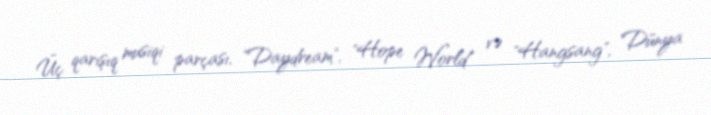
Üç qarışıq musiqi parçası, "Daydream", "Hope World" və "Hangsang", Dünya